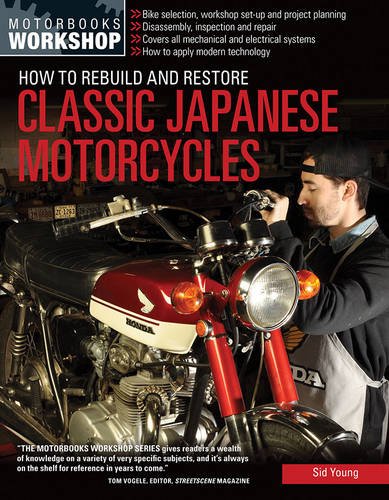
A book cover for How to Rebuild and Restore Classic Japanese Motorcycles (Motorbooks Workshop); Sid Young; Engineering & Transportation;